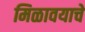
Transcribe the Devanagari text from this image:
मिळावयाचे